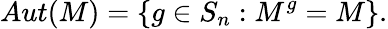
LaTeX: Aut(M)=\left\{ g\in S_{n}:M^{g}=M\right\} .